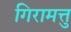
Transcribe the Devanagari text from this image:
गिरामत्तु